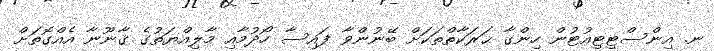
ނ. އިންސްޓިޓިއުޓުން ހިންގާ ޙަރަކާތްތަކަށް ބޭނުންވާ ފައިސާ ހޯދުމާއި މާލިއްޔަތުގެ ޤާނޫނާ އެއްގޮތަށް